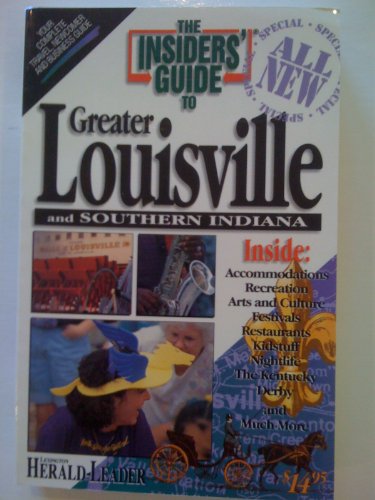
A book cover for The Insiders' Guide to Greater Louisville and Southern Indiana; James Nold; Travel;